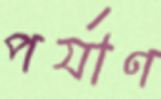
পর্যাণ